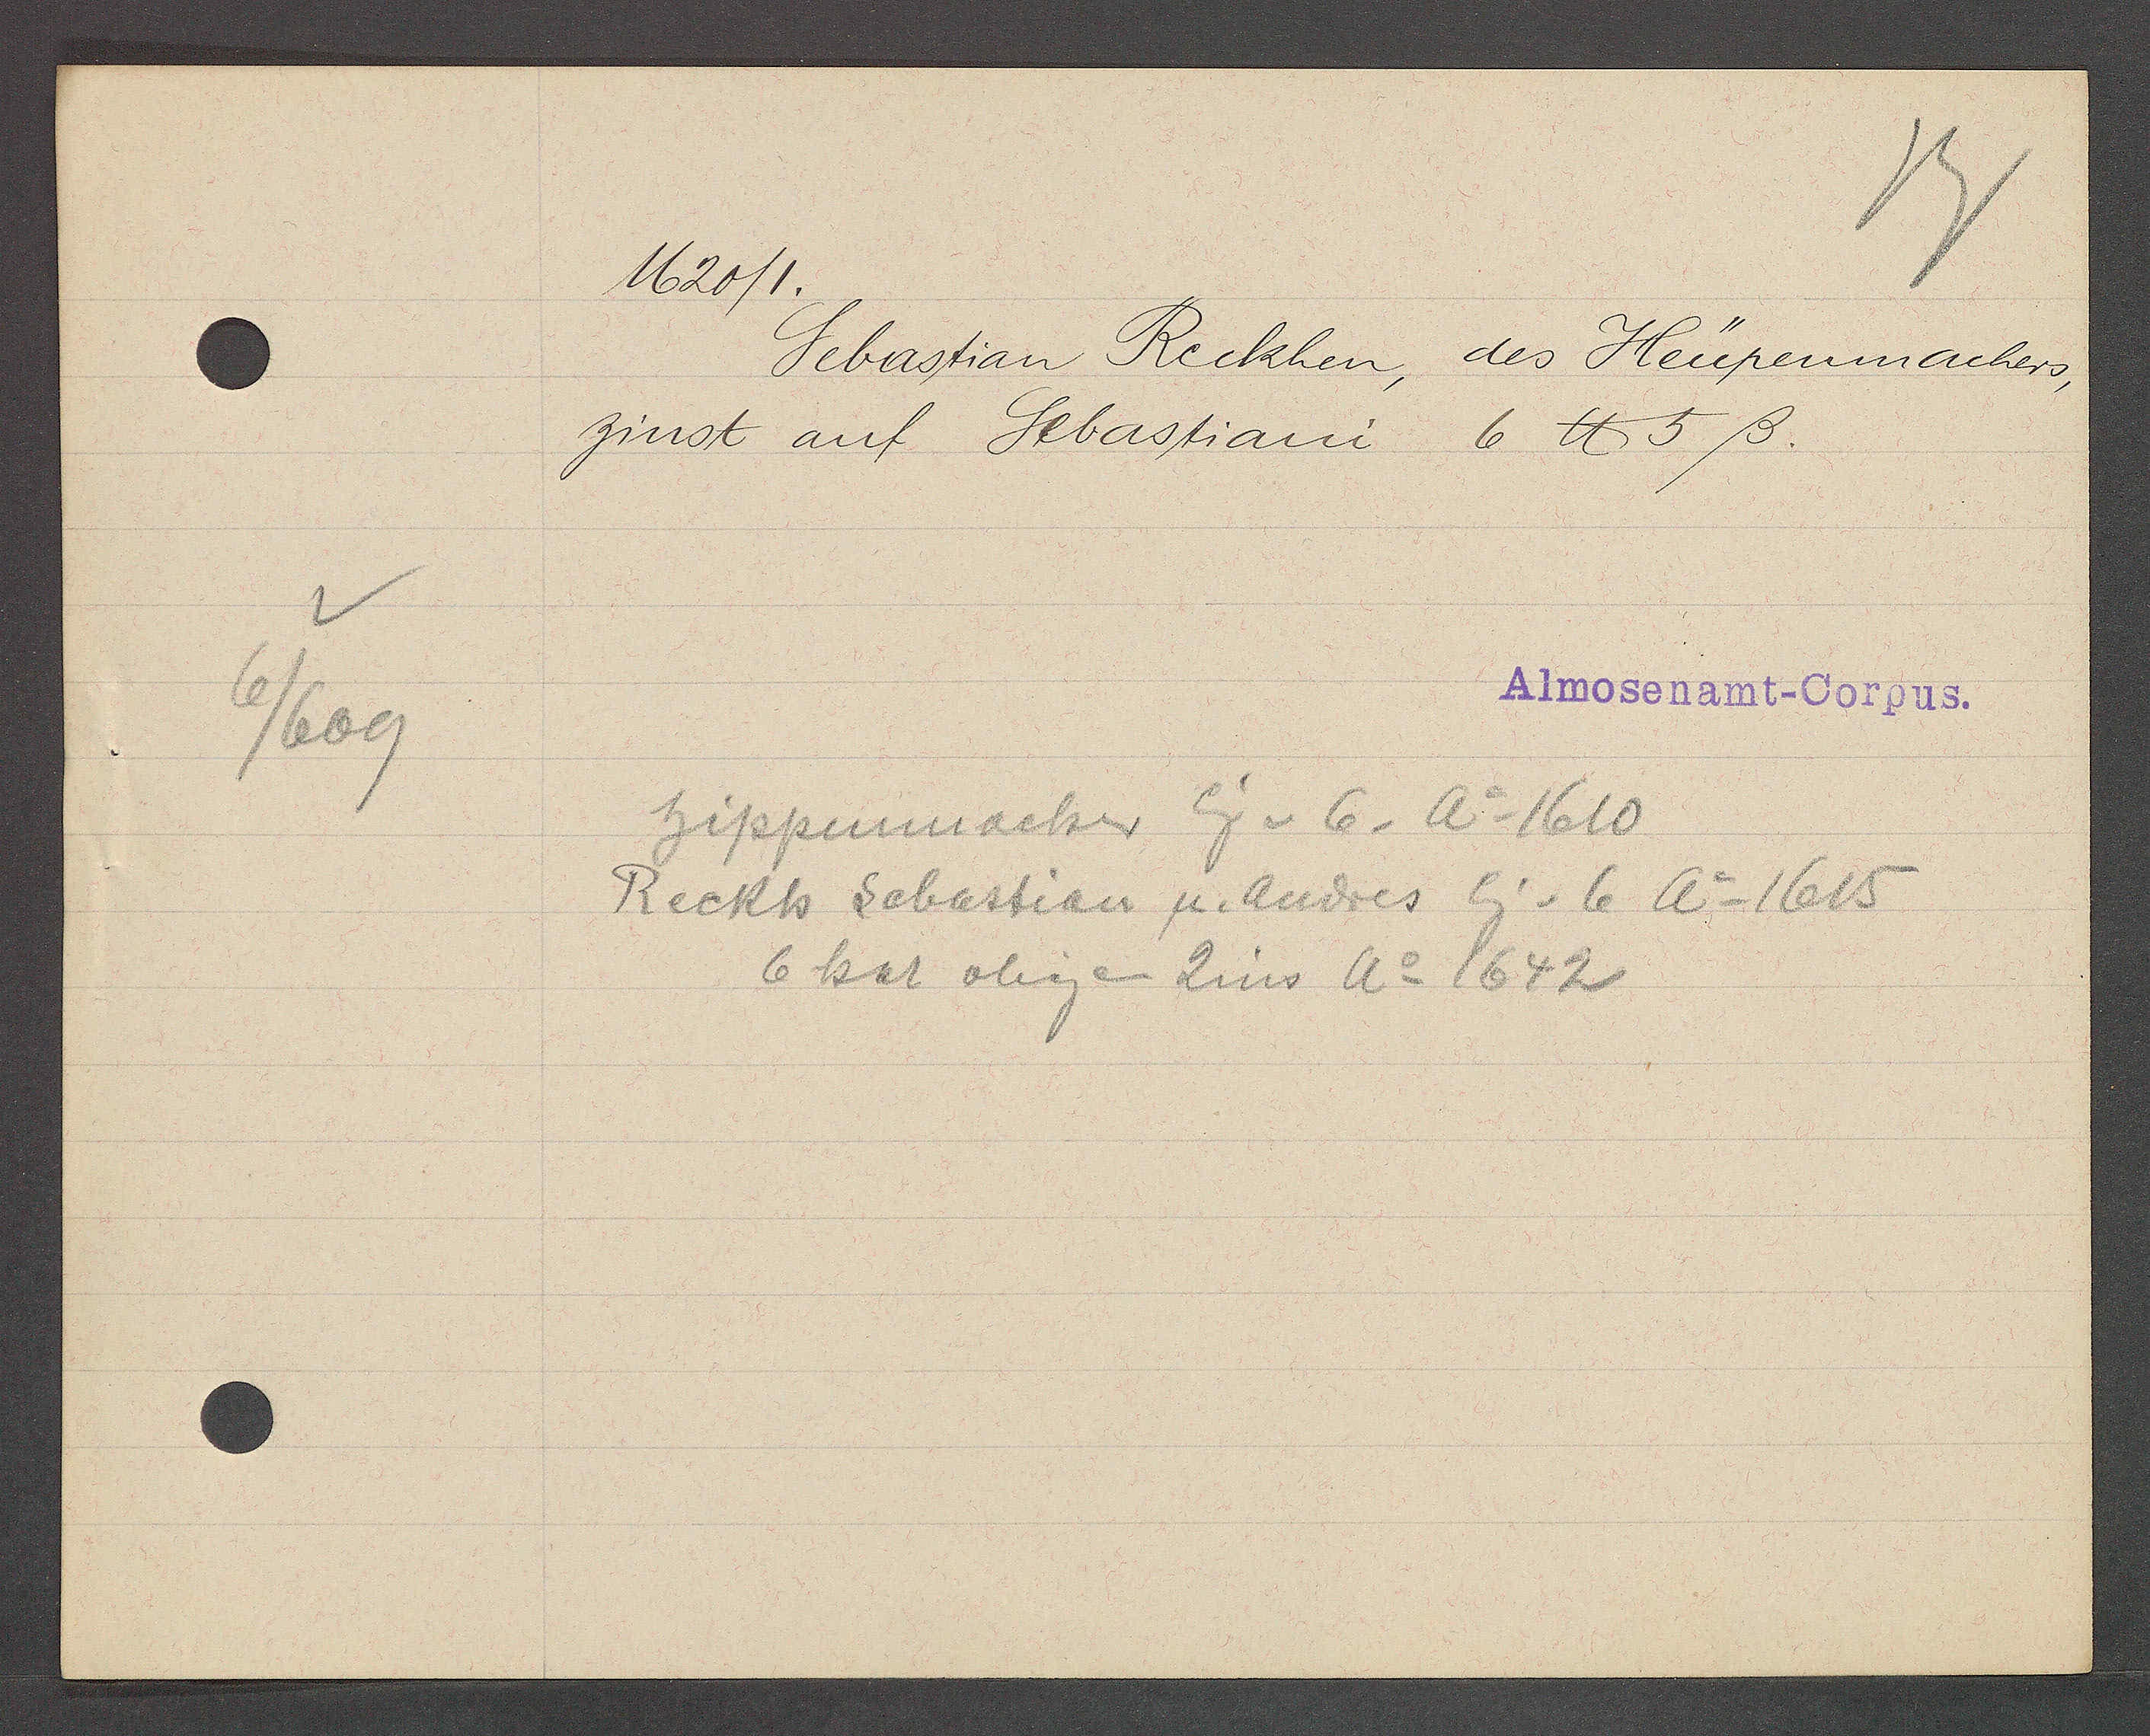
Transcript:
6/609

1620/1.

Sebastian Reckhen,
des Heüpenmachers,
zinst auf Sebastiani
6 ℔ 5 ß.

Almosenamt-Corpus.

hippenmacher Eig v 6, Ao 1610
Reckh Sebastian
u. Andres Eig v 6 Ao 1615
6 hat obigen
Zins Ao 1642